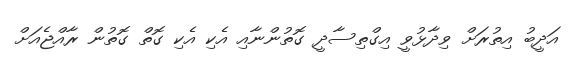
އަދީބު އިތުރަށް ވިދާޅުވީ އިގްތިސާދީ ގޮތުންނާއި އެކި އެކި ގޮތް ގޮތުން ރާއްޖެއަށް